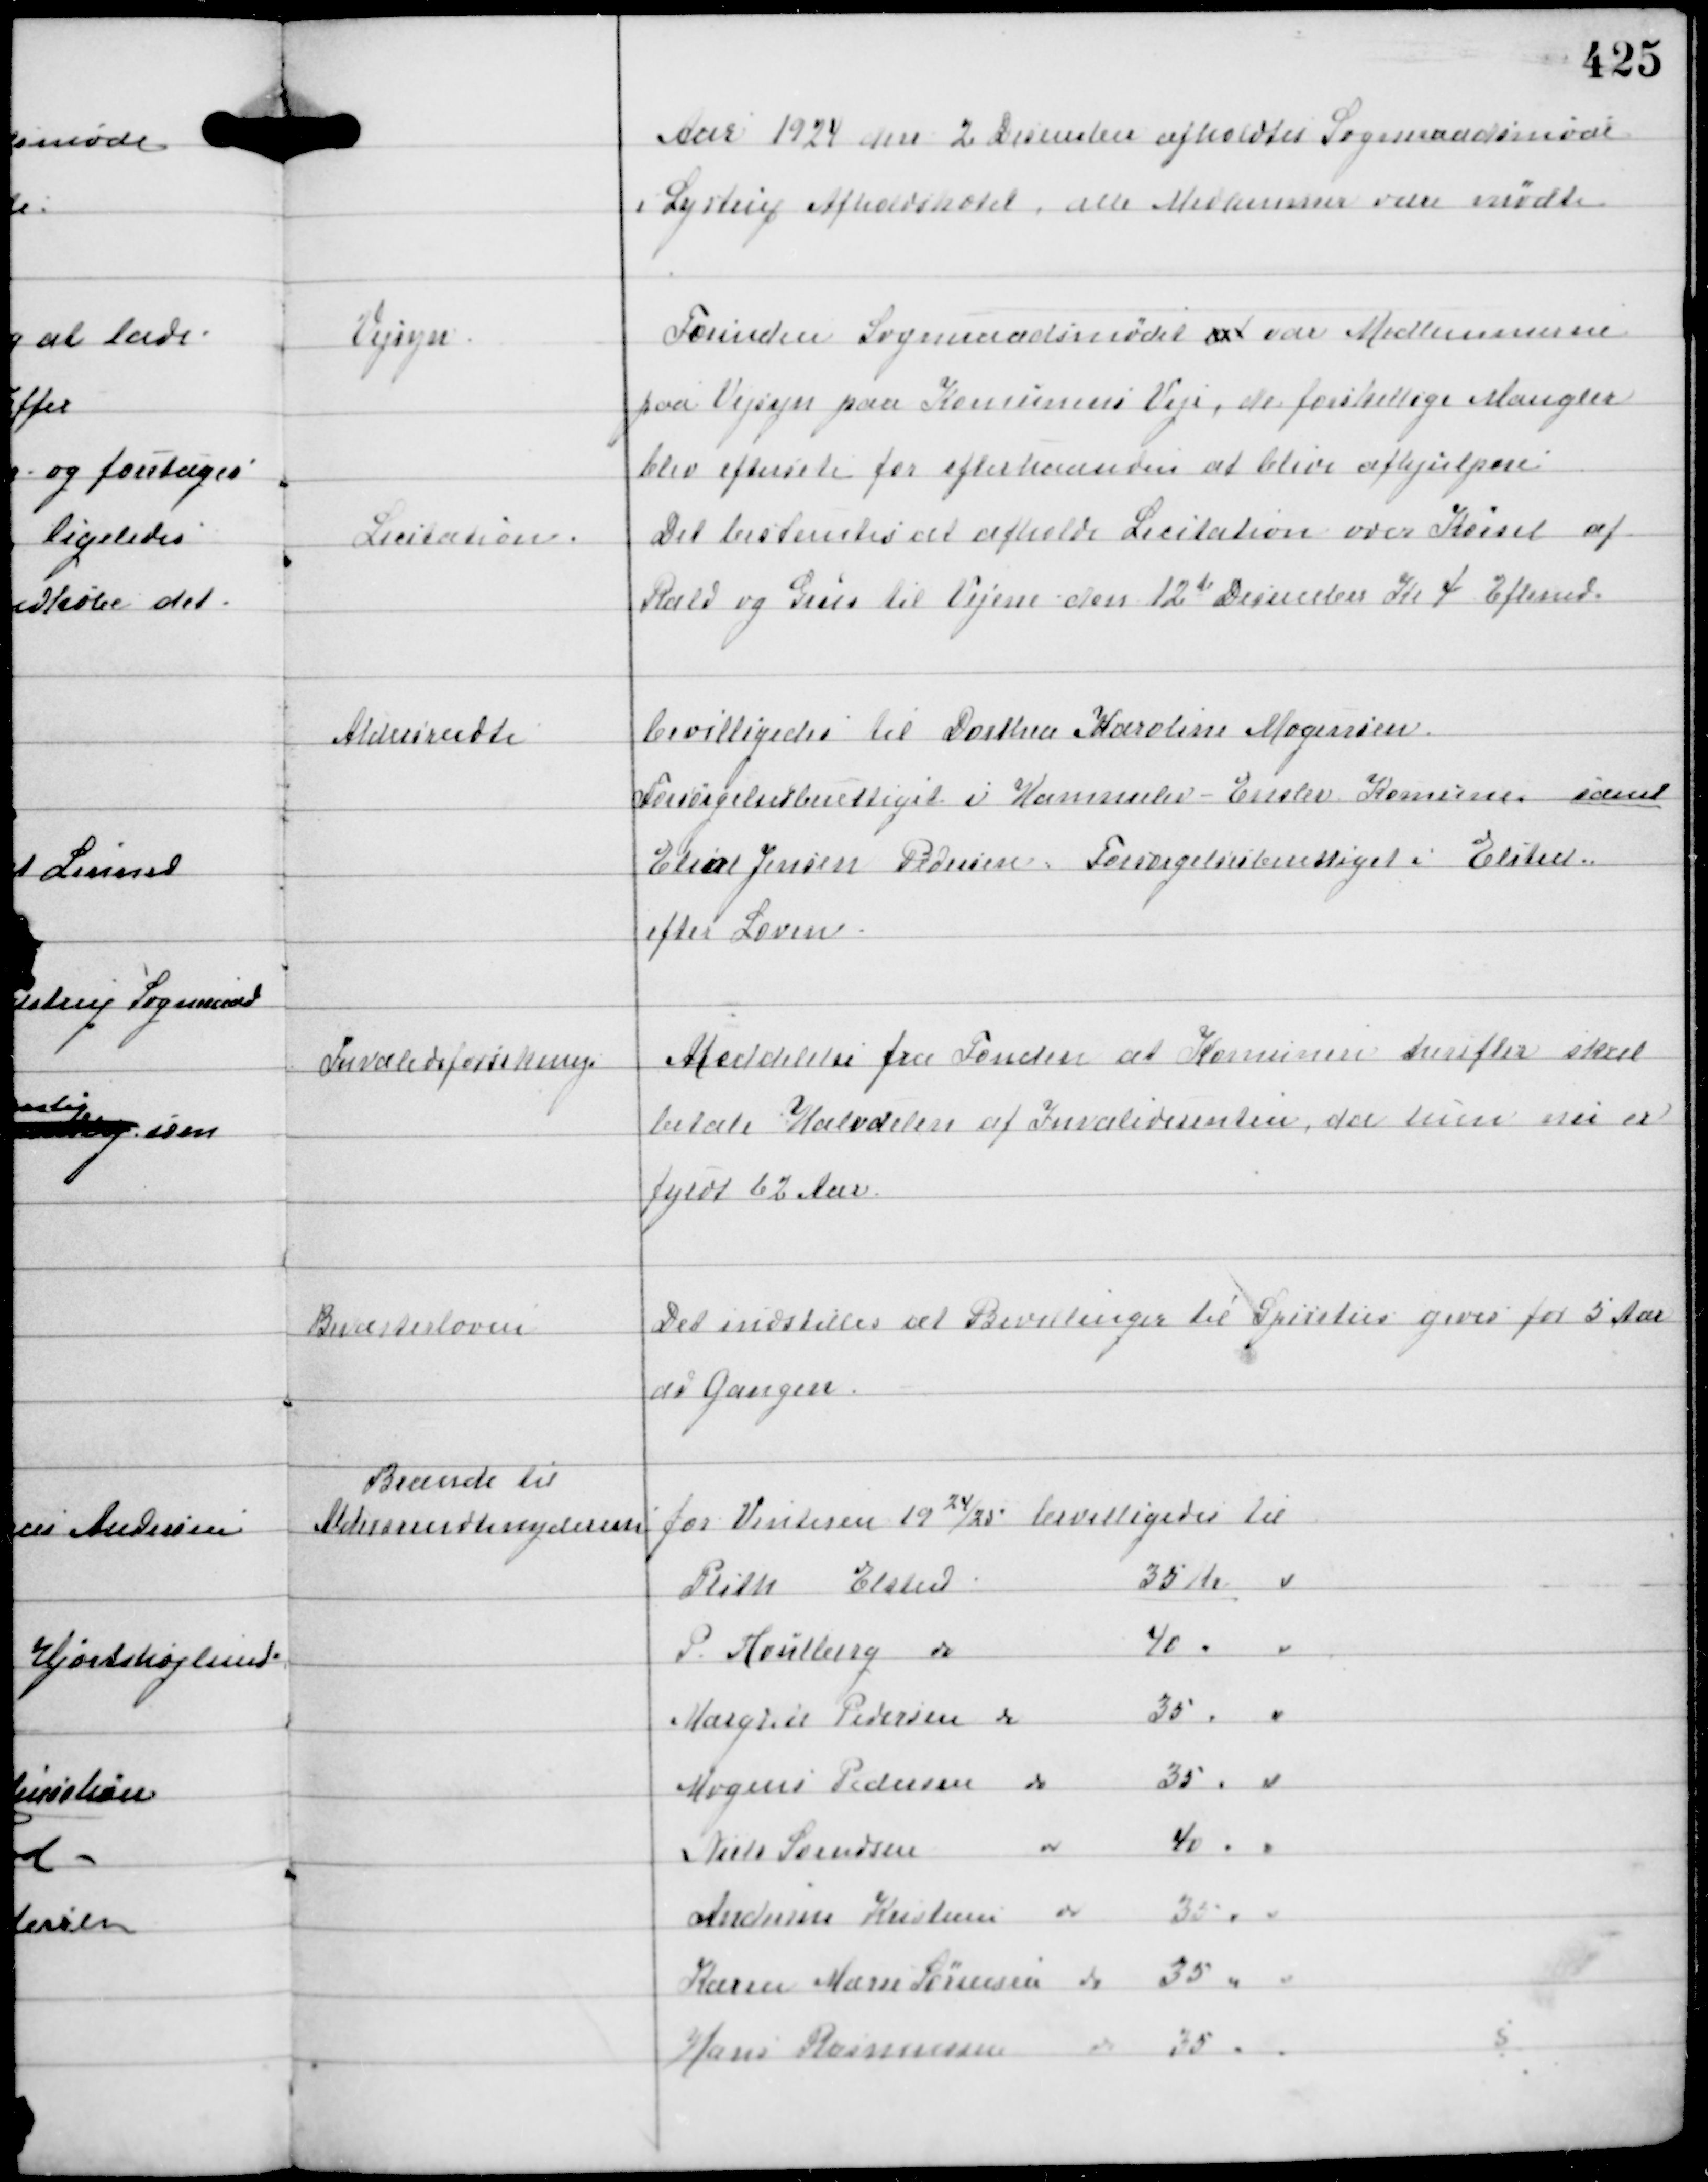
Transskription:
Aar 1924 den 2 December afholdtes Sogneraadsmøde
i Lystrup Afholdshotel, alle Medlemmer vare mødte

Vejsyn

Forinden Sogneraadsmødet at var Medlemmerne
paa Vejsyn paa Komunens Veje, de forskellige Mangler
blev eftersete for efterhaanden at blive afhjulpen.

Licitation.

Det bestemtes at afholde Licitation over Kørsel af
Rald og Grus til Vejene den 12te December Kl 4 Eftermd

Aldersrendte

bevilligedes til Dorthea Karoline Mogensen
Forsørgelsesberettiget i Hammelev - Enslev Komune samt
Elias Jensen Pedersen Forsørgelsesberettiget i Elsted
efter Loven.

Invalideforsikring

Meddelelse fra Fonden at Komunen derefter skal
betale Halvdelen af Invaliderenten, da hun nu er
fyldt 62 Aar

Beværterloven

Det indstilles at Bevillinger til Spiritus gives for 5 Aar
af Gangen.

Brænde til
Aldersrendtenyderne for Vinteren 1924/25 bevilligedes til